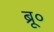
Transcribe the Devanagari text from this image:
ब्रू०